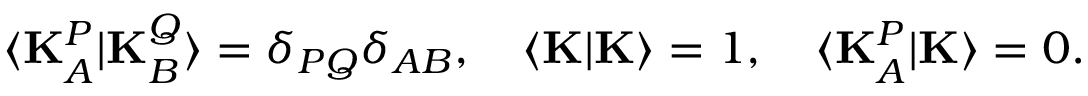
\langle \mathbf { K } _ { A } ^ { P } | \mathbf { K } _ { B } ^ { Q } \rangle = \delta _ { P Q } \delta _ { A B } , \quad \langle \mathbf { K } | \mathbf { K } \rangle = 1 , \quad \langle \mathbf { K } _ { A } ^ { P } | \mathbf { K } \rangle = 0 .